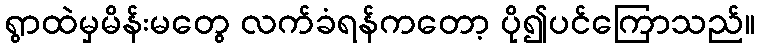
ရွာထဲမှမိန်းမတွေ လက်ခံရန်ကတော့ ပို၍ပင်ကြောသည်။